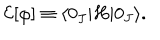
{ \cal E } [ \varphi ] \equiv \langle 0 _ { J } | H | 0 _ { J } \rangle .